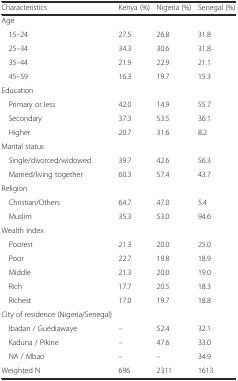
<table><thead><tr><td><b>Characteristics</b></td><td><b>Kenya (%)</b></td><td><b>Nigeria (%)</b></td><td><b>Senegal (%)</b></td></tr></thead><tbody><tr><td>Age</td><td></td><td></td><td></td></tr><tr><td>15–24</td><td>27.5</td><td>26.8</td><td>31.8</td></tr><tr><td>25–34</td><td>34.3</td><td>30.6</td><td>31.8</td></tr><tr><td>35–44</td><td>21.9</td><td>22.9</td><td>21.1</td></tr><tr><td>45–59</td><td>16.3</td><td>19.7</td><td>15.3</td></tr><tr><td>Education</td><td></td><td></td><td></td></tr><tr><td>Primary or less</td><td>42.0</td><td>14.9</td><td>55.7</td></tr><tr><td>Secondary</td><td>37.3</td><td>53.5</td><td>36.1</td></tr><tr><td>Higher</td><td>20.7</td><td>31.6</td><td>8.2</td></tr><tr><td>Marital status</td><td></td><td></td><td></td></tr><tr><td>Single/divorced/widowed</td><td>39.7</td><td>42.6</td><td>56.3</td></tr><tr><td>Married/living together</td><td>60.3</td><td>57.4</td><td>43.7</td></tr><tr><td>Religion</td><td></td><td></td><td></td></tr><tr><td>Christian/Others</td><td>64.7</td><td>47.0</td><td>5.4</td></tr><tr><td>Muslim</td><td>35.3</td><td>53.0</td><td>94.6</td></tr><tr><td>Wealth index</td><td></td><td></td><td></td></tr><tr><td>Poorest</td><td>21.3</td><td>20.0</td><td>25.0</td></tr><tr><td>Poor</td><td>22.7</td><td>19.8</td><td>18.9</td></tr><tr><td>Middle</td><td>21.3</td><td>20.0</td><td>19.0</td></tr><tr><td>Rich</td><td>17.7</td><td>20.5</td><td>18.3</td></tr><tr><td>Richest</td><td>17.0</td><td>19.7</td><td>18.8</td></tr><tr><td>City of residence (Nigeria/Senegal)</td><td></td><td></td><td></td></tr><tr><td>Ibadan / Guédiawaye</td><td>–</td><td>52.4</td><td>32.1</td></tr><tr><td>Kaduna / Pikine</td><td>–</td><td>47.6</td><td>33.0</td></tr><tr><td>NA / Mbao</td><td>–</td><td>–</td><td>34.9</td></tr><tr><td>Weighted N</td><td>696</td><td>2311</td><td>1613</td></tr></tbody></table>